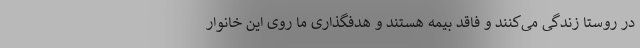
در روستا زندگی می‌کنند و فاقد بیمه هستند و هدفگذاری ما روی این خانوار